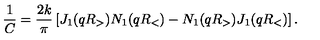
\frac { 1 } { C } = \frac { 2 k } { \pi } \left[ J _ { 1 } ( q R _ { > } ) N _ { 1 } ( q R _ { < } ) - N _ { 1 } ( q R _ { > } ) J _ { 1 } ( q R _ { < } ) \right] .